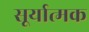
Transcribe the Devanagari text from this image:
सूर्यात्मक